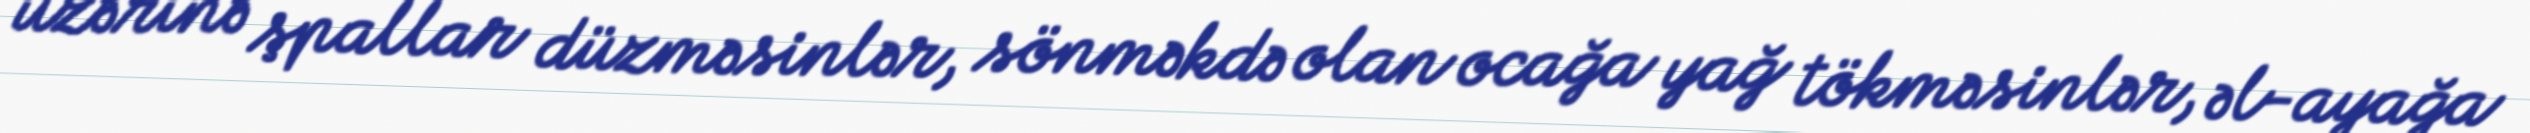
üzərinə şpallar düzməsinlər, sönməkdə olan ocağa yağ tökməsinlər, əl-ayağa